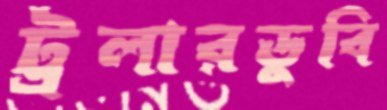
ট্রলারডুবি